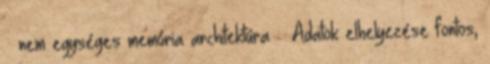
– nem egységes memória architektúra – Adatok elhelyezése fontos,